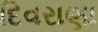
દિવરાણા